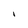
Character: I